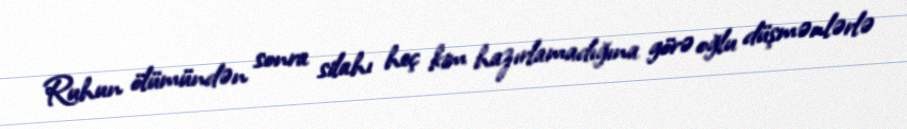
Ruhun ölümündən sonra silahı heç kim hazırlamadığına görə oğlu düşmənlərlə